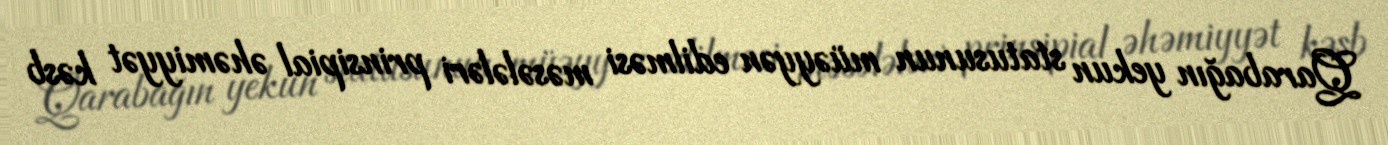
Qarabağın yekun statusunun müəyyən edilməsi məsələləri prinsipial əhəmiyyət kəsb